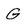
Character: G